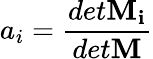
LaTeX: a_{i}=\frac{det\mathbf{M_{i}}}{det\mathbf{M}}